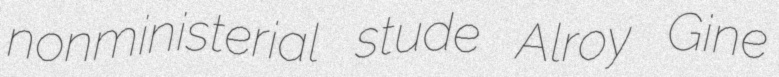
nonministerial stude Alroy Gine